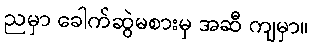
ညမှာ ခေါက်ဆွဲမစားမှ အဆီ ကျမှာ။